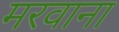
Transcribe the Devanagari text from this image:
मरवाना